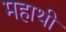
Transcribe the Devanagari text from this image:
महाथी